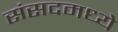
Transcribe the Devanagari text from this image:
संसदमध्ये